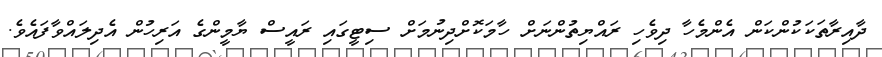
ދާއިރާތަކަކުންކަން އެންމެހާ ދިވެހި ރައްޔިތުންނަށް ހާމަކޮށްދިނުމަށް ސިޓީގައި ރައީސް ޔާމީންގެ އަރިހުން އެދިލައްވާފައެވެ.